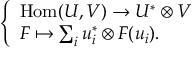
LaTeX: \left\{ \begin{array} { l l } { \mathrm { H o m } ( U , V ) \to U ^ { * } \otimes V } \\ { F \mapsto \sum _ { i } u _ { i } ^ { * } \otimes F ( u _ { i } ) . } \end{array} \right.